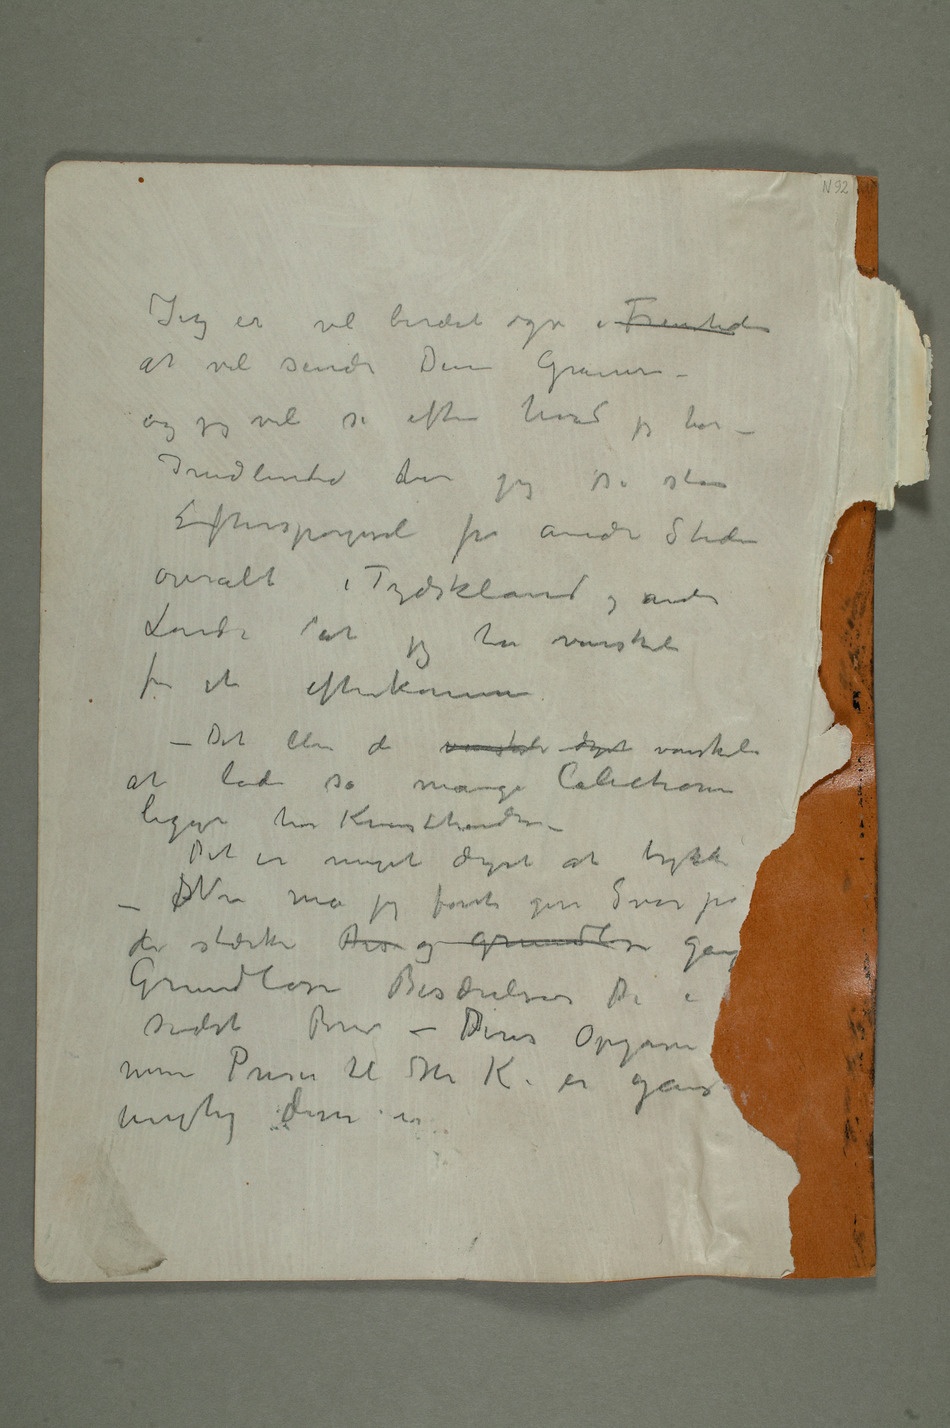
at vil sende Dem Gravur –
og jeg vil se efter hvad jeg har
– Imidlertid ehar
jeg så stor
overalt i Tydskland og andre
Lande at
jeg har vanskeli
for at efterkomme
– Det blir da vanskeli dyrt vanskeli
ligge hos Kunsthandlere –
Det er meget dyrt at trykke
vigtig disse år